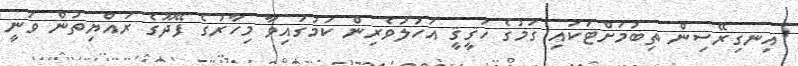
އިނގިރޭސިން ތިބުމަށްޓަކައި ގަމުގެ ހަޤީޤީ އަހުލުވެރިން ކަމުގައިވާ މިހާރުގެ ފޭދޫގެ ރައްޔިތުން ވަނީ